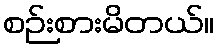
စဉ်းစားမိတယ်။